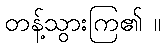
တန့်သွားကြ၏ ။